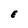
Character: E